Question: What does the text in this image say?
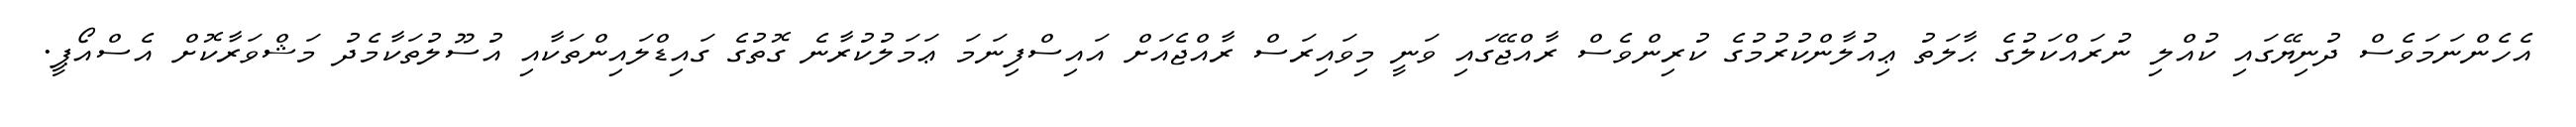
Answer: އެހެންނަމަވެސް ދުނިޔޭގައި ކުއްލި ނުރައްކަލުގެ ޙާލަތު ޢިއުލާންކުރުމުގެ ކުރިންވެސް ރާއްޖޭގައި ވަނީ މިވައިރަސް ރާއްޖެއަށް އައިސްފިނަމަ ޢަމަލުކުރާނެ ގޮތުގެ ގައިޑްލައިންތަކާއި އުސޫލުތަކާމެދު މަޝްވަރާކޮށް އެސްއޯޕީ.